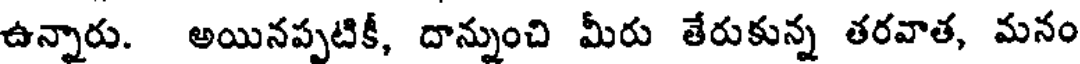
ఉన్నారు. అయినప్పటికీ, దాన్నుంచి మీరు తేరుకున్న తరవాత, మనం